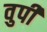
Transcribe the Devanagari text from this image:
वुपी